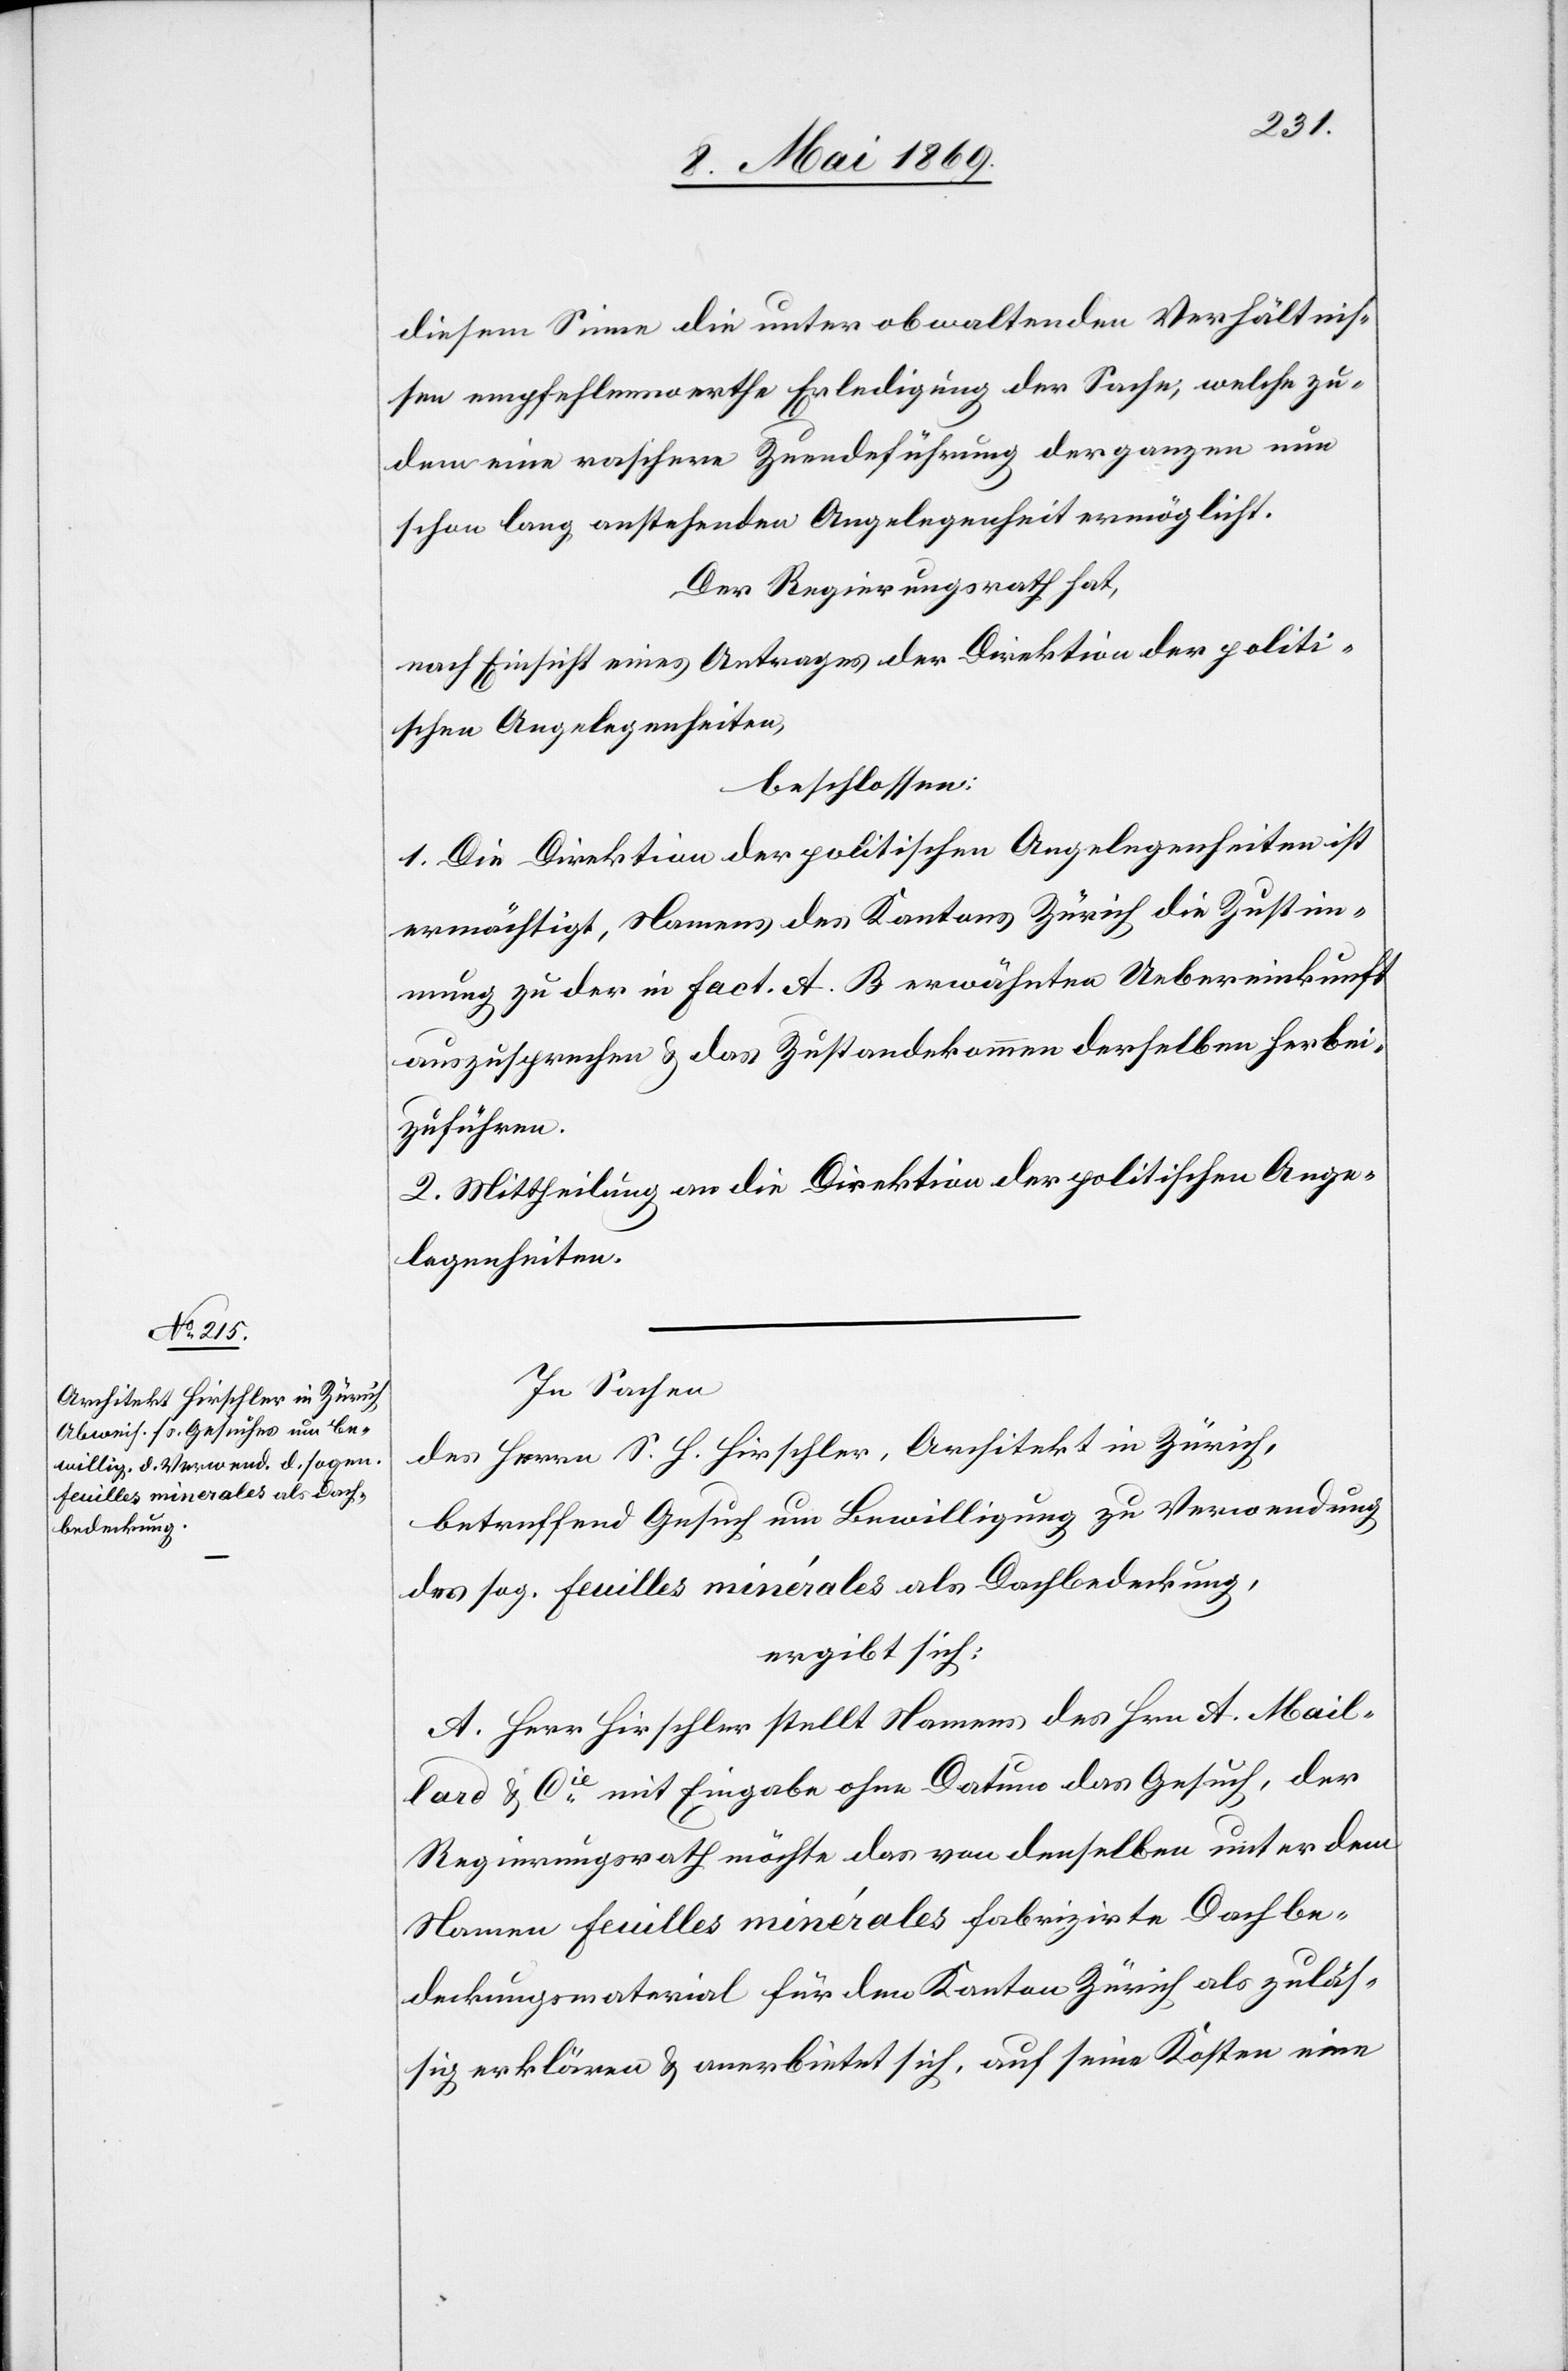
diesem Sinne die unter obwaltenden Verhältnis¬
sen empfehlenswerthe Erledigung der Sache, welche zu¬
dem eine raschere Zuendeführung der ganzen nun
schon lang anstehenden Angelegenheit ermöglicht.
Der Regierungsrath hat,
nach Einsicht eines Antrages der Direktion der politi¬
schen Angelegenheiten,
beschlossen:
1. Die Direktion der politischen Angelegenheiten ist
ermächtigt, Namens des Kantons Zürich die Zustim¬
mung zu der in Fact. A. B erwähnten Uebereinkunft
auszusprechen u. das Zustandekommen derselben herbei¬
zuführen.
2. Mittheilung an die Direktion der politischen Ange¬
legenheiten.
In Sachen
des Herrn S. H. Hirschler, Architekt in Zürich,
betreffend Gesuch um Bewilligung zu Verordnung
des sog. feuilles minérales als Dachbedeckung,
ergibt sich:
A. Herr Hirschler stellt Namens des Hrn. A. Mail¬
lard u. Cie mit Eingabe ohne Datum das Gesuch, der
Regierungsrath möchte das von denselben unter dem
Namen feuilles minérales fabrizirte Dachbe¬
deckungsmaterial für den Kanton Zürich als zuläs¬
sig erklären u. anerbietet sich, auf seine Kosten eine